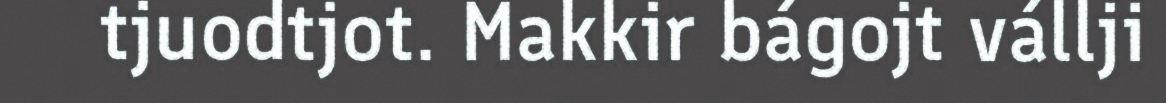
tjuodtjot. Makkir bágojt vállji